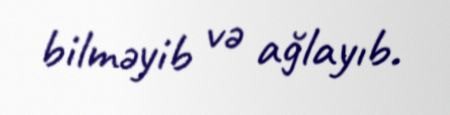
bilməyib və ağlayıb.